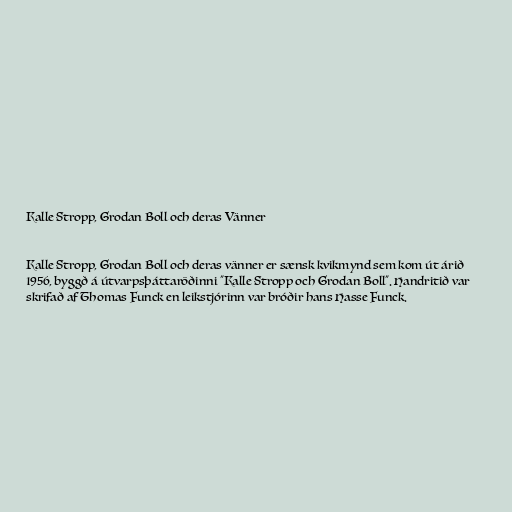
Kalle Stropp, Grodan Boll och deras Vänner

Kalle Stropp, Grodan Boll och deras vänner er sænsk kvikmynd sem kom út árið
1956, byggð á útvarpsþáttaröðinni "Kalle Stropp och Grodan Boll". Handritið var
skrifað af Thomas Funck en leikstjórinn var bróðir hans Hasse Funck.